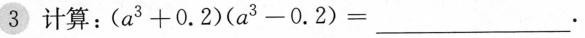
3计算：$$( a ^ { 3 } + 0 . 2 ) ( a ^ { 3 } - 0 . 2 ) = ___.$$